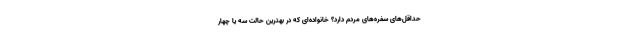
حداقل‌های سفره‌های مردم دارد؟ خانواده‌ای که در بهترین حالت سه یا چهار